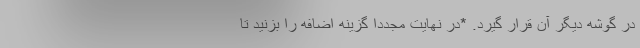
در گوشه دیگر آن قرار گیرد. *در نهایت مجددا گزینه اضافه را بزنید تا